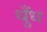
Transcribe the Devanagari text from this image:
धुँध